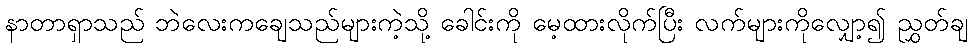
နာတာရှာသည် ဘဲလေးကချေသည်များကဲ့သို့ ခေါင်းကို မေ့ထားလိုက်ပြီး လက်များကိုလျှော့၍ ညွှတ်ချ